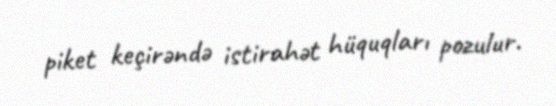
piket keçirəndə istirahət hüquqları pozulur.